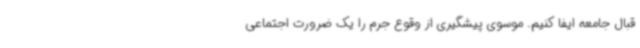
قبال جامعه ایفا کنیم. موسوی پیشگیری از وقوع جرم را یک ضرورت اجتماعی